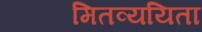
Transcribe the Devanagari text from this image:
मितव्‍ययिता